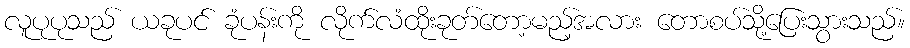
လူပုပုသည် ယခုပင် ခုံပန်းကို လိုက်လံထိုးခုတ်တော့မည့်အလား တောစပ်သို့ပြေးသွားသည်။